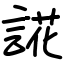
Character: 誮